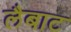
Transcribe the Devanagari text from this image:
लैबाट